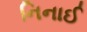
નિનાઈ